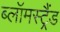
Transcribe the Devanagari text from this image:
ब्लॉमस्ट्रैंड